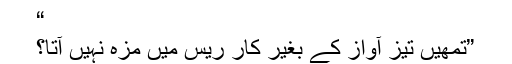
“
”تمھیں تیز آواز کے بغیر کار ریس میں مزہ نہیں آتا؟